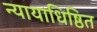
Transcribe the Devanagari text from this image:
न्यायाधिष्ठित